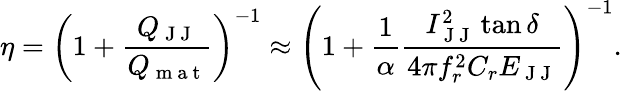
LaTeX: \eta=\left(1+\frac{Q_{\mathrm{~J~J~}}}{Q_{\mathrm{~m~a~t~}}}\right)^{-1}\approx\left(1+\frac{1}{\alpha}\frac{I_{\mathrm{~J~J~}}^{2}\tan{\delta}}{4\pi f_{r}^{2}C_{r}E_{\mathrm{~J~J~}}}\right)^{-1}.